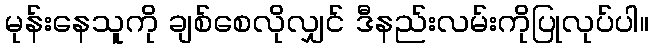
မုန်းနေသူကို ချစ်စေလိုလျှင် ဒီနည်းလမ်းကိုပြုလုပ်ပါ။